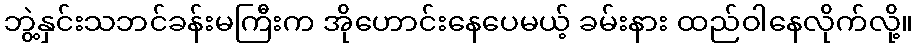
ဘွဲ့နှင်းသဘင်ခန်းမကြီးက အိုဟောင်းနေပေမယ့် ခမ်းနား ထည်ဝါနေလိုက်လို့။